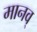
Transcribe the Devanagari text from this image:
मानव्